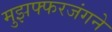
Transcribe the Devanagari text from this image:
मुझफ्फरजंगने